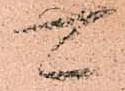
可